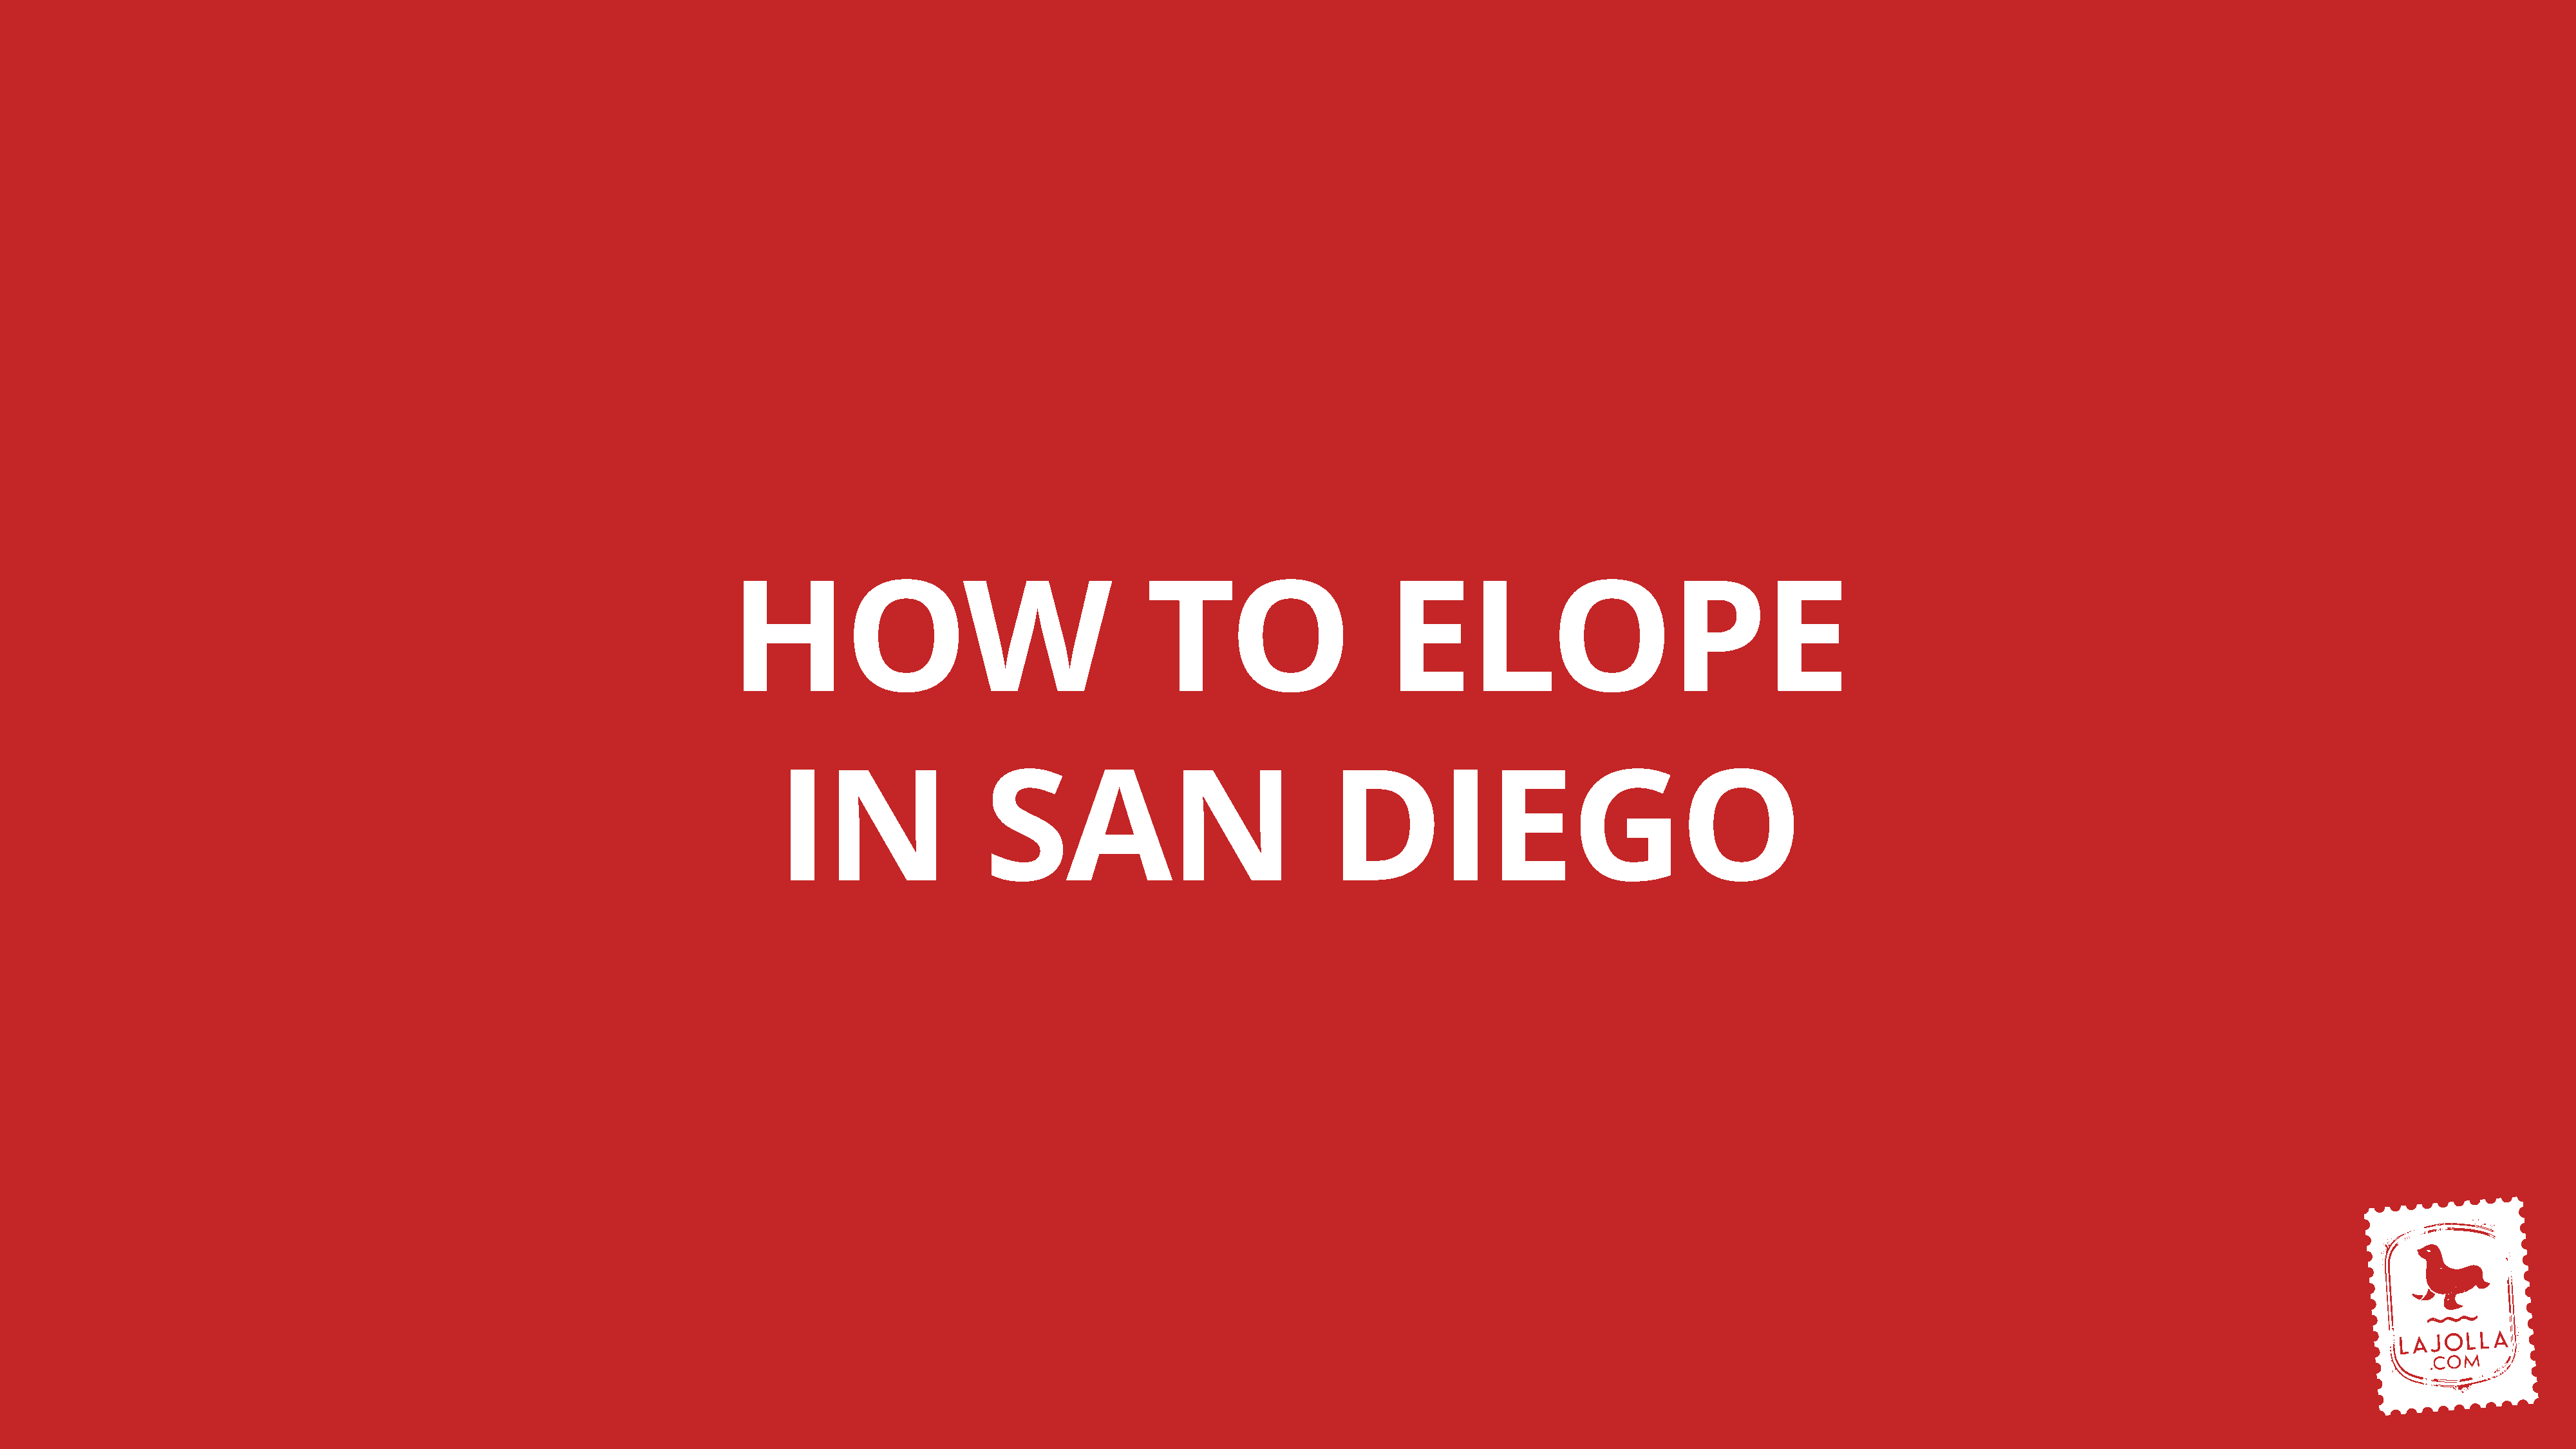
HOW                                        TO                       ELOPE
 IN                   SAN                                 DIEGO